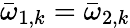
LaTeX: \bar{\omega}_{1,k}=\bar{\omega}_{2,k}